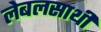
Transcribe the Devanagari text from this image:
लेबलसाथी